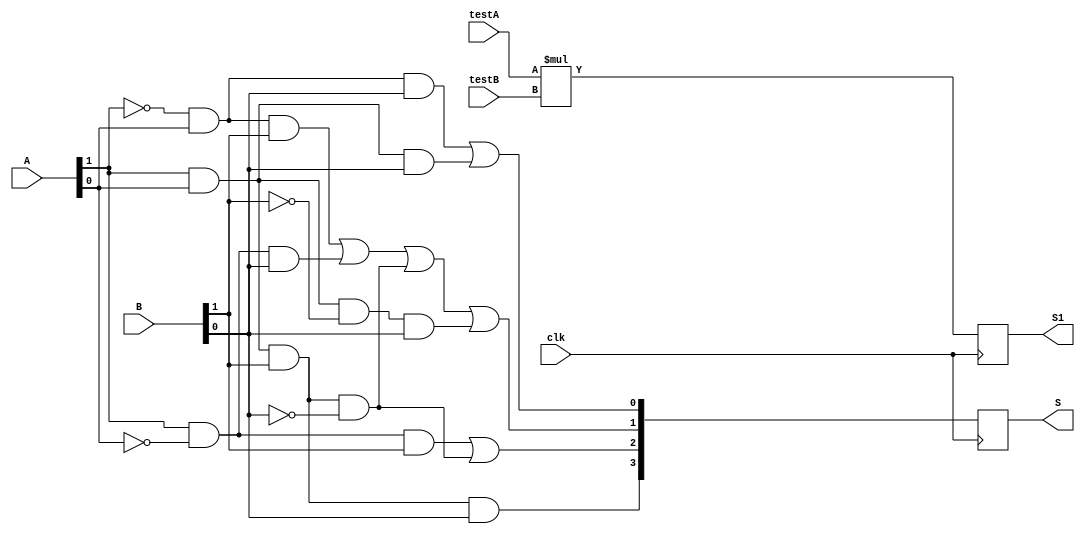
`timescale 1ns / 1ps
//////////////////////////////////////////////////////////////////////////////////
// Company: 
// Engineer: 
// 
// Design Name: 
// Module Name:    two_bits_multiplier 
// Project Name: 
// Target Devices: 
// Tool versions: 
// Description: 
//
// Dependencies: 
//
// Revision: 
// Revision 0.01 - File Created
// Additional Comments: 
//
//////////////////////////////////////////////////////////////////////////////////
module two_bits_multiplier(
input clk,
input [1:0]A,
input [1:0]B,
input [3:0]testA,
input [3:0]testB,
output reg [3:0]S,
output reg [7:0]S1
    );
always@(posedge clk)begin 
	S[3]=A[1] & A[0] & B[1] & B[0];
	S[2]=(A[1] & ~A[0] & B[1]) | (A[1] & A[0] & B[1] & ~B[0]);
	S[1]=(~A[1] & A[0] & B[1]) | (A[1] & ~A[0] & B[0]) |(A[1] & A[0] & B[1] & ~B[0]) |(A[1] & A[0] & ~B[1] & B[0]);
	S[0]=(~A[1] & A[0] & B[0]) | (A[1] & A[0] & B[0]);
	S1=testA *testB;
end

endmodule